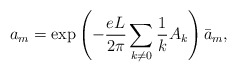
\begin{align*} a_m= {\rm exp} \left( -\frac{e L}{2 \pi }\sum_{k\neq0} \frac{1}{k} A_k \right) {\bar a}_m,\end{align*}